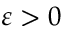
\varepsilon > 0